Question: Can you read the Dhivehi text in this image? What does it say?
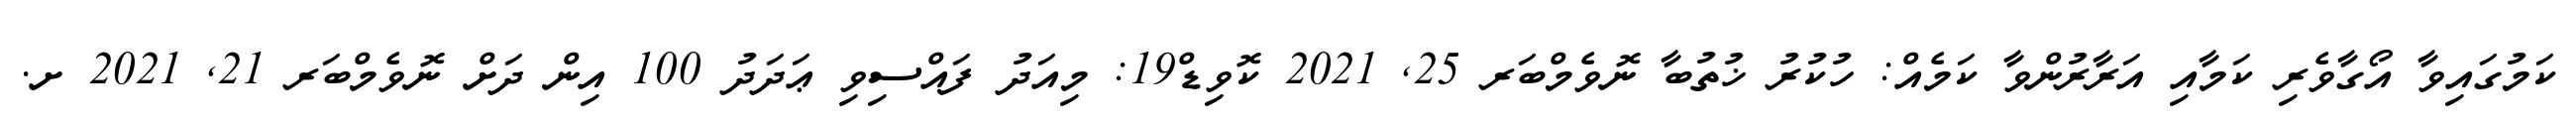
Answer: ކަމުގައިވާ އޯގާވެރި ކަމާއި އަރާރުންވާ ކަމެއް: ހުކުރު ޚުތުބާ ނޮވެމްބަރ 25, 2021 ކޮވިޑް19: މިއަދު ފައްސިވި ޢަދަދު 100 އިން ދަށް ނޮވެމްބަރ 21, 2021 ށ.